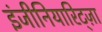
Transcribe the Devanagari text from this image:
इंजीनियारिट्ज़ा